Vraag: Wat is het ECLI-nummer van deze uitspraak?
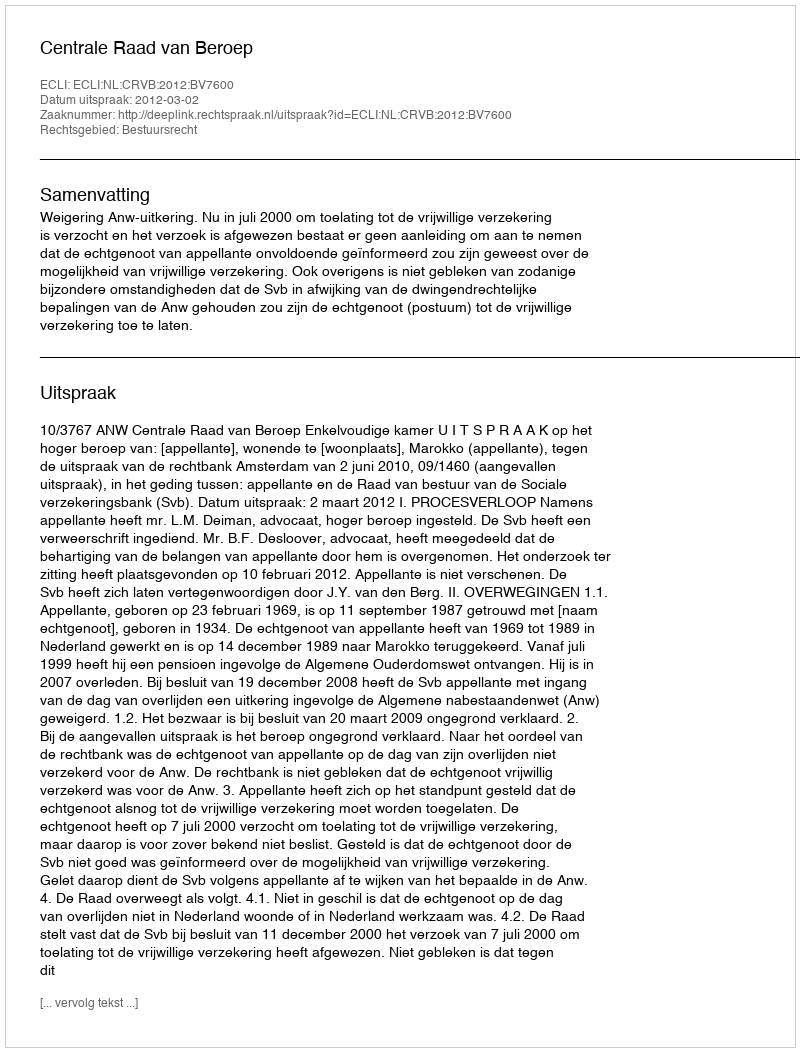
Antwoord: ECLI:NL:CRVB:2012:BV7600